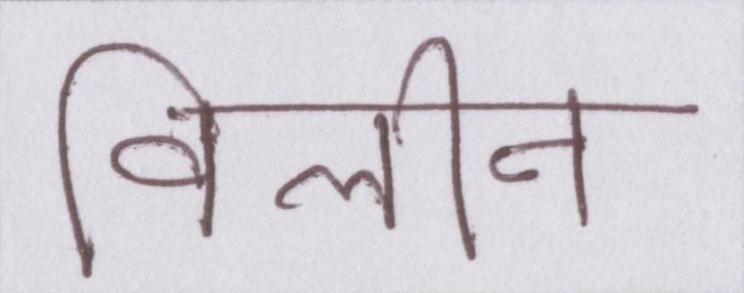
विलीन